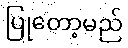
ပြုတော့မည်